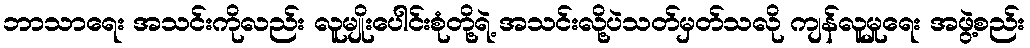
ဘာသာရေး အသင်းကိုလည်း လူမျိုးပေါင်းစုံတို့ရဲ့ အသင်းလို့ပဲသတ်မှတ်သလို ကျန်လူမှုရေး အဖွဲ့စည်း